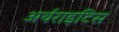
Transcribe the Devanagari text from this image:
अर्थराइटिस